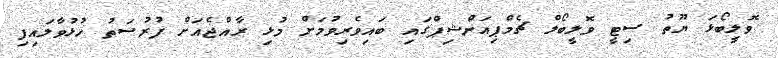
ވޮލީބޯޅަ ޔޫތު ސިޓީ ވޮލީބޯލް ޗެމްޕިއަންޝިޕްގައި ބައިވެރިވުމަށް މުޅި ރާއްޖެއަށް ފުރުސަތު ހުޅުވާލައިފި